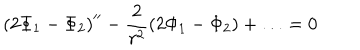
\left( 2 \Phi _ { 1 } - \Phi _ { 2 } \right) ^ { \prime \prime } - \frac { 2 } { r ^ { 2 } } \left( 2 \Phi _ { 1 } - \Phi _ { 2 } \right) + \ldots = 0